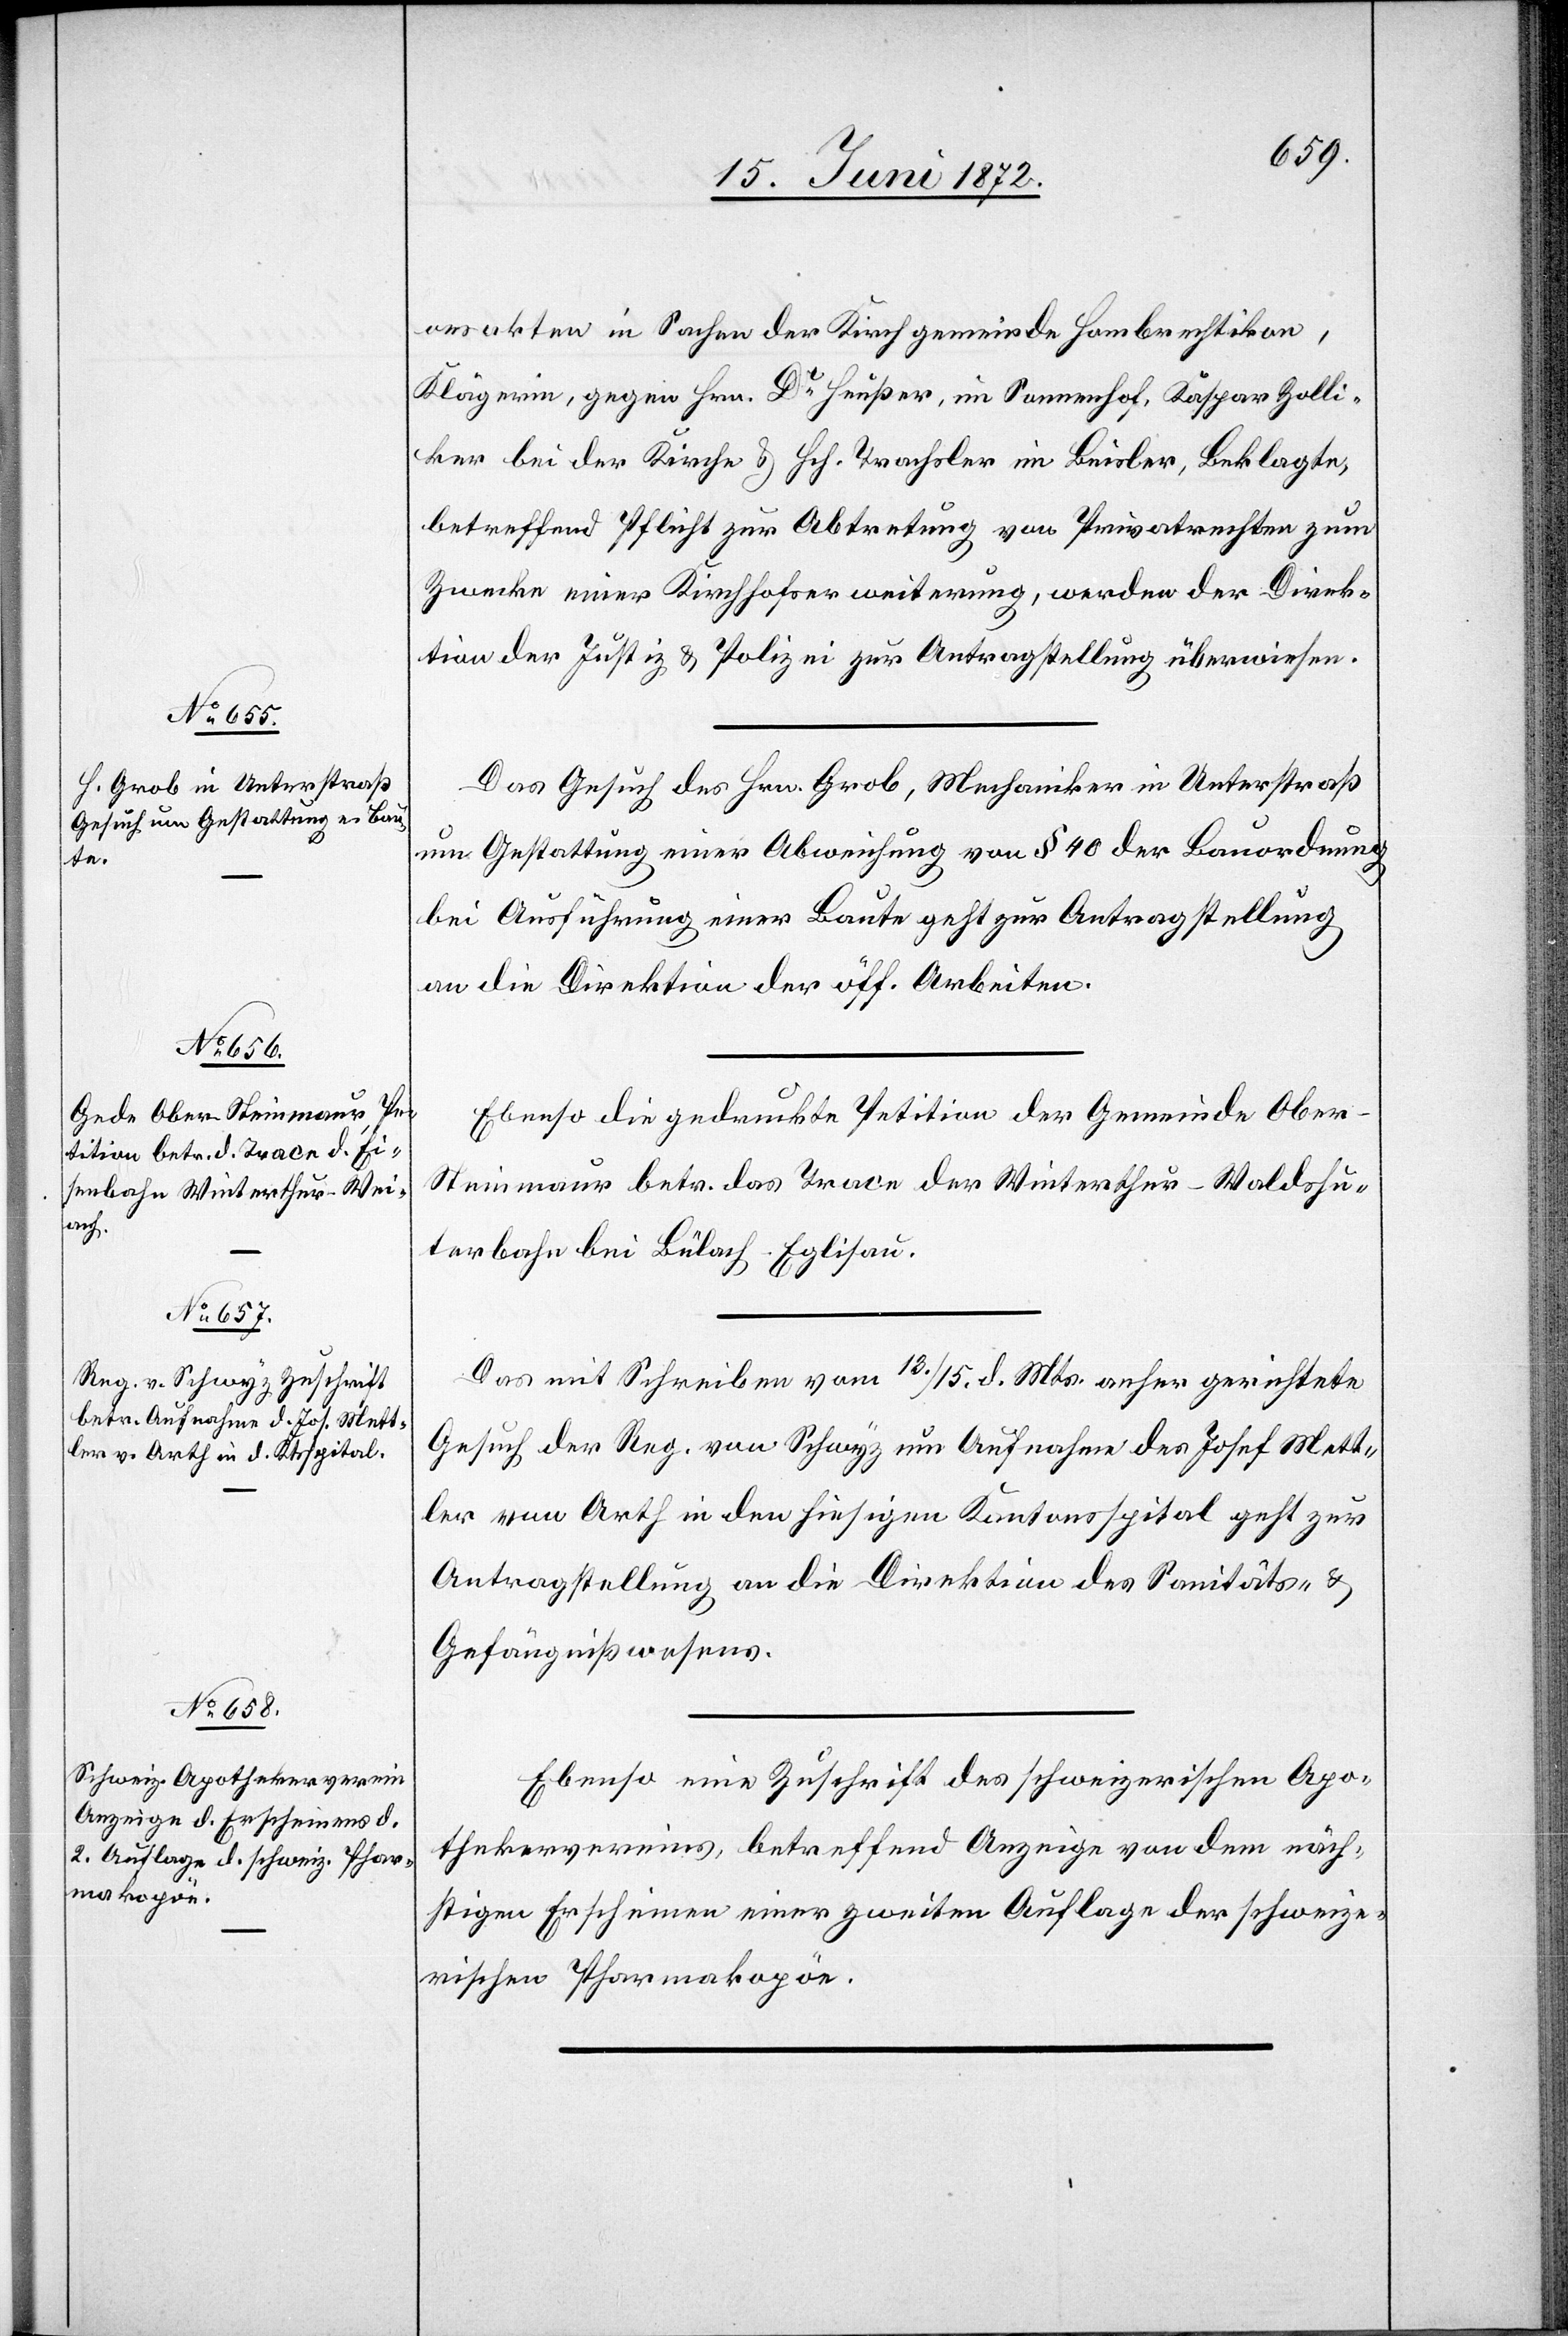
17. Juni 1872.]
onsakten in Sachen der Kirchgemeinde Hombrechtikon,
Klägerin, gegen Hrn. Dr Heußer, im Sonnenhof, Kaspar Zolli¬
ker bei der Kirche u. Hch. Trachsler im Beisler, Beklagte,
betreffend Pflicht zur Abtretung von Privatrechten zum
Zwecke einer Kirchhofserweiterung, werden der Direk¬
tion der Justiz u. Polizei zur Antragstellung überwiesen.
Das Gesuch des Hrn. Grob, Mechaniker in Unterstraß[,]
um Gestattung einer Abweichung von § 40 der Bauordnung
bei Ausführung einer Baute geht zur Antragstellung
an die Direktion der öff. Arbeiten.
Ebenso die gedruckte Petition der Gemeinde Ober-S¬
teinmaur betr. das Trace der Winterthur–Waldshu¬
terbahn bei Bülach-Eglisau.
Das mit Schreiben vom 13./15. d. Mts. anher gerichtete
Gesuch der Reg. von Schwyz um Aufnahme des Josef Mett¬
ler von Arth in den hiesigen Kantonsspital geht zur
Antragstellung an die Direktion des Sanitäts- u.
Gefängnißwesens.
Ebenso eine Zuschrift des schweizerischen Apo¬
thekervereines, betreffend Anzeige von dem näch¬
stigen Erscheinen einer zweiten Auflage der schweize¬
rischen Pharmakopöe.